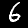
Digit: 6